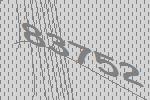
83752